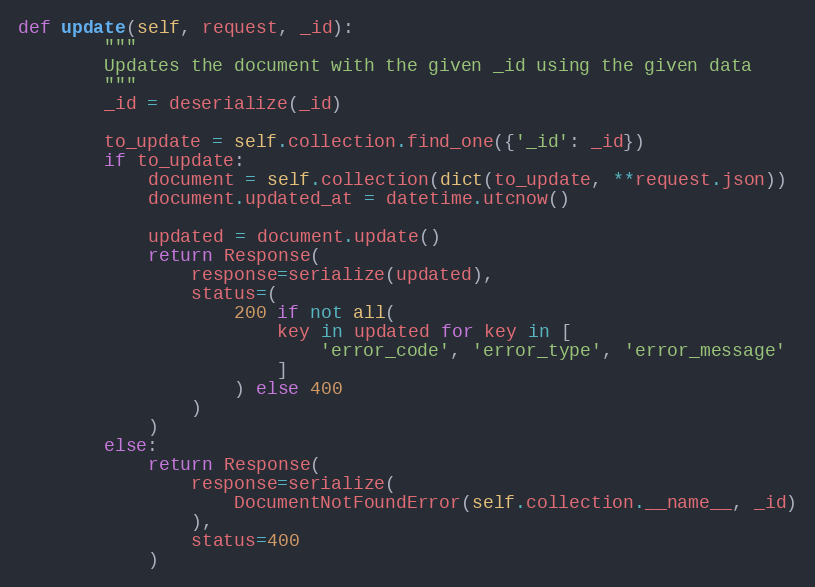
Language: Python
def update(self, request, _id):
        """
        Updates the document with the given _id using the given data
        """
        _id = deserialize(_id)

        to_update = self.collection.find_one({'_id': _id})
        if to_update:
            document = self.collection(dict(to_update, **request.json))
            document.updated_at = datetime.utcnow()

            updated = document.update()
            return Response(
                response=serialize(updated),
                status=(
                    200 if not all(
                        key in updated for key in [
                            'error_code', 'error_type', 'error_message'
                        ]
                    ) else 400
                )
            )
        else:
            return Response(
                response=serialize(
                    DocumentNotFoundError(self.collection.__name__, _id)
                ),
                status=400
            )